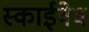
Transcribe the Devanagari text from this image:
स्काईवेव